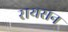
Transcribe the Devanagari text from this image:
रायसन